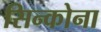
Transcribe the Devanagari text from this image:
सिन्कोना